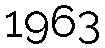
1963